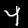
Label: 4